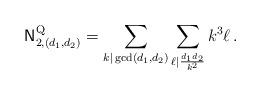
LaTeX: \begin{align*} \mathsf{N}^{\textup{Q}}_{2,(d_1, d_2)} = \sum_{k | \gcd(d_1,d_2)} \sum_{ \ell | \frac{ d_1 d_2 }{k^2}} k^{3} \ell \,. \end{align*}